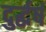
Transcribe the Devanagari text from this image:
दुर्द्धर्ष